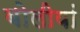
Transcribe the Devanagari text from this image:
बोलीयां